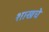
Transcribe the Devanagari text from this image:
शाखचे